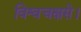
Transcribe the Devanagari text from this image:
विश्वचक्षसे।